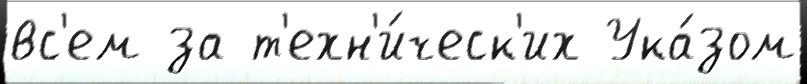
вс'ем за т'ехн'и́ческ'их Ука́зом